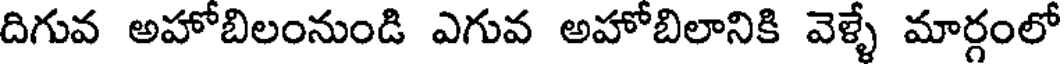
దిగువ అహోబిలంనుండి ఎగువ అహోబిలానికి వెళ్ళే మార్గంలో